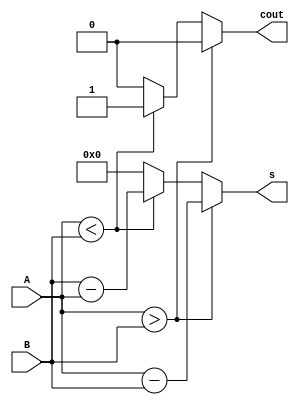
`timescale 1ns / 1ps
//////////////////////////////////////////////////////////////////////////////////
// Company: 
// Engineer: 
// 
// Design Name: 
// Module Name: bcd_subtractor
// Project Name: 
// Target Devices: 
// Tool Versions: 
// Description: 
// 
// Dependencies: 
// 
// Revision:
// Revision 0.01 - File Created
// Additional Comments:
// 
//////////////////////////////////////////////////////////////////////////////////


module bcd_subtractor(A,B,s,cout);
    input [3:0] A,B;
    output reg[3:0] s;
    output reg cout;
    
    always @(A,B)
    begin 
        if (A>B)
            begin
                s = A - B;
                cout = 0;
            end
        else if (A<B)
            begin
                s = B - A;
                cout = 1;
            end 
        else
            begin
                s = 0;
                cout = 0;
            end
    end
endmodule